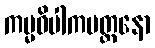
ကမ္မဝိပါကမတ္တနော